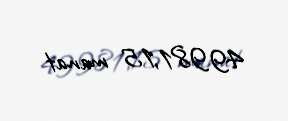
49981,15 manat